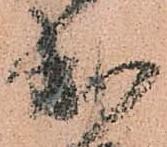
出